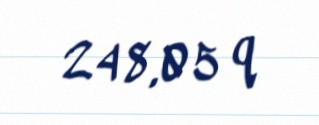
248,05 q